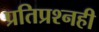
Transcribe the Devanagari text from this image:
प्रतिप्रश्‍नही